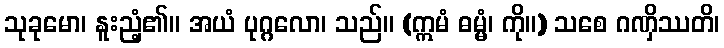
သုခုမော၊ နူးညံ့၏။ အယံ ပုဂ္ဂလော၊ သည်။ (ဣမံ ဓမ္မံ၊ ကို။) သစေ ဂဏှိဿတိ၊